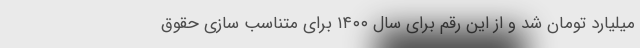
میلیارد تومان شد و از این رقم برای سال ۱۴۰۰ برای متناسب سازی حقوق